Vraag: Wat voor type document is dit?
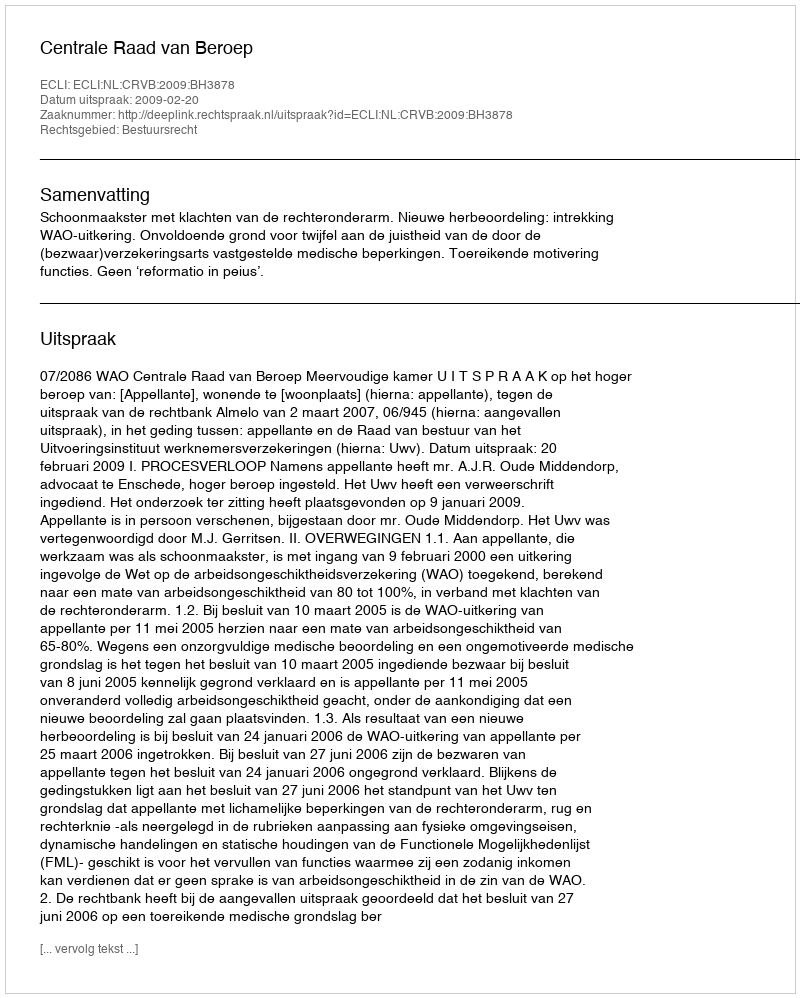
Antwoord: Uitspraak